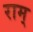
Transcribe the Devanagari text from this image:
राम्‌